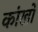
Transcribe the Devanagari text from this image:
कांखों